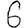
Digit: 6